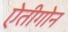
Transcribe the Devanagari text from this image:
ऐतीगोन